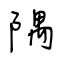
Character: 隅